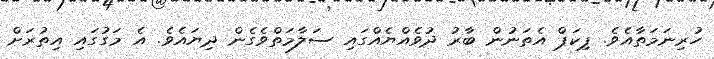
ހުރިނަމަތާއެވެ. ޕިކަޕް އެތަނުން ބާރު ދުވެއްޔެއްގައި ސަލާމަތްވެގެން ދިޔައެވެ. އެ މަގުގައި އިތުރަށް